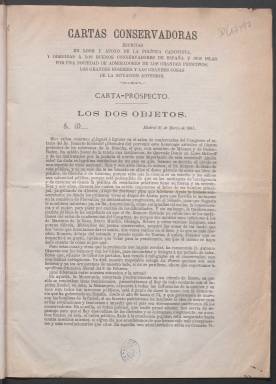
Título: Cartas conservadoras (Madrid. 1881)
Colección: Historia
Ámbito geográfico: Madrid
Lugar de publicación: Madrid
Fechas: 21/03/1881-27/03/1882